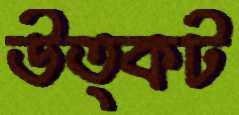
উত্কট